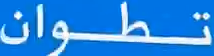
تطوان